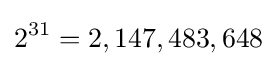
2^{31}=2,147,483,648